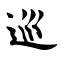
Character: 巡